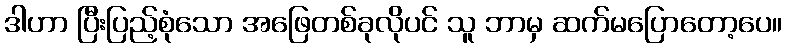
ဒါဟာ ပြီးပြည့်စုံသော အဖြေတစ်ခုလိုပင် သူ ဘာမှ ဆက်မပြောတော့ပေ။